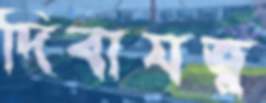
দিবাযত্ন